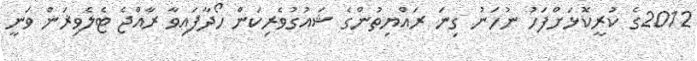
2012ގެ ކުރީކޮޅަށްފަހު ނުހަނު ގިނަ ރައްޔިތުންގެ ޝައުގުވެރިކަން ހޯދާފައިވާ ރާއްޖެ ޓެލެވިޜަން ވަނީ